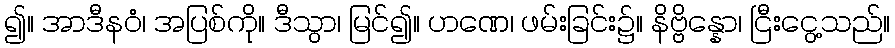
၍။ အာဒီနဝံ၊ အပြစ်ကို။ ဒီသွာ၊ မြင်၍။ ဟဏေ၊ ဖမ်းခြင်း၌။ နိဗ္ဗိန္နော၊ ငြီးငွေ့သည်။